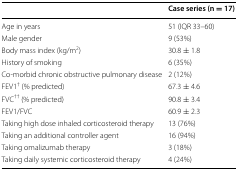
|  | Case series (n = 17) |
 | --- | --- |
 | Age in years | 51 (IQR 33–60) |
 | Male gender | 9 (53%) |
 | Body mass index (kg/m2) | 30.8 ± 1.8 |
 | History of smoking | 6 (35%) |
 | Co-morbid chronic obstructive pulmonary disease | 2 (12%) |
 | FEV1† (% predicted) | 67.3 ± 4.6 |
 | FVC†† (% predicted) | 90.8 ± 3.4 |
 | FEV1/FVC | 60.9 ± 2.3 |
 | Taking high dose inhaled corticosteroid therapy | 13 (76%) |
 | Taking an additional controller agent | 16 (94%) |
 | Taking omalizumab therapy | 3 (18%) |
 | Taking daily systemic corticosteroid therapy | 4 (24%) |